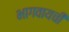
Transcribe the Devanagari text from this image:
भागवायची